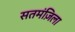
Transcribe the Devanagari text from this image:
सतमंज़िला